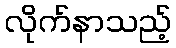
လိုက်နာသည့်